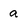
Character: a